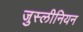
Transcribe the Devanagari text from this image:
जुस्लीनियन